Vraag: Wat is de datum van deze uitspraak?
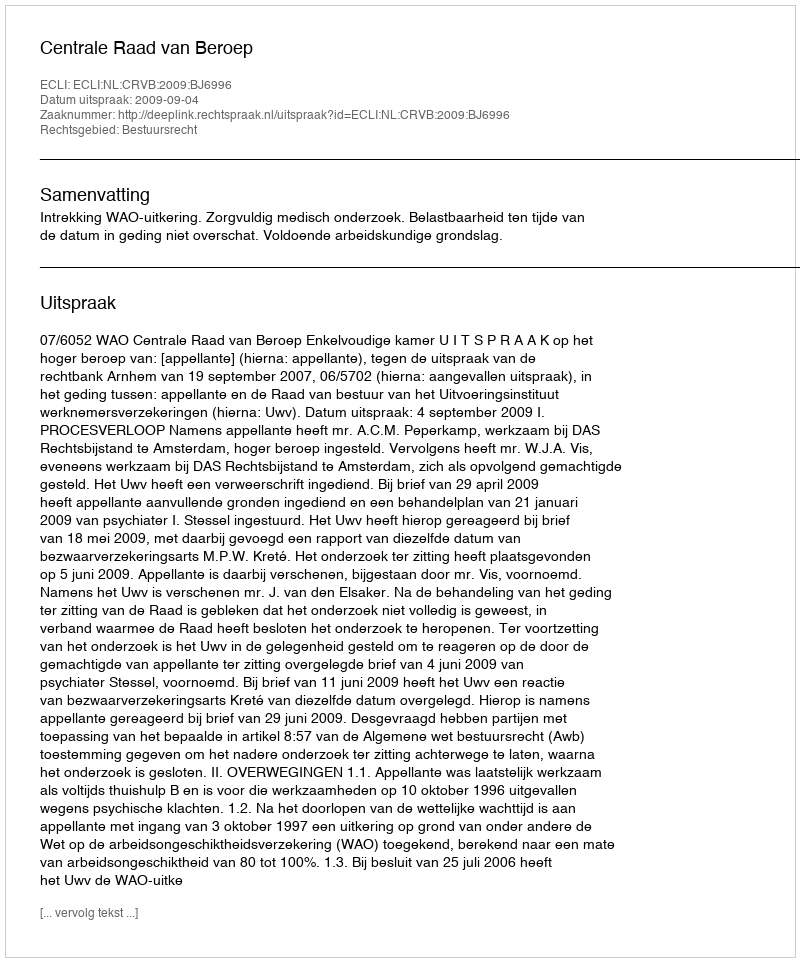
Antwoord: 2009-09-04